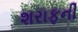
શરાફની